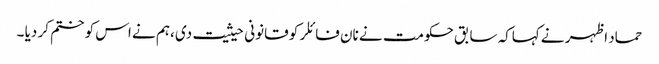
حماد اظہر نے کہاکہ سابق حکومت نے نان فائلر کو قانونی حیثیت دی ،ہم نے اس کو ختم کر دیا ۔